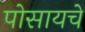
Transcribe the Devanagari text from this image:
पोसायचे